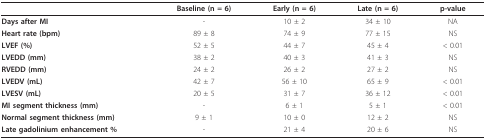
<table><thead><tr><td></td><td><b>Baseline (n = 6)</b></td><td><b>Early (n = 6)</b></td><td><b>Late (n = 6)</b></td><td><b>p-value</b></td></tr></thead><tbody><tr><td><b>Days after MI</b></td><td>-</td><td>10 ± 2</td><td>34 ± 10</td><td>NA</td></tr><tr><td><b>Heart rate (bpm)</b></td><td>89 ± 8</td><td>74 ± 9</td><td>77 ± 15</td><td>NS</td></tr><tr><td><b>LVEF (%)</b></td><td>52 ± 5</td><td>44 ± 7</td><td>45 ± 4</td><td>&lt; 0.01</td></tr><tr><td><b>LVEDD (mm)</b></td><td>38 ± 2</td><td>40 ± 3</td><td>41 ± 3</td><td>NS</td></tr><tr><td><b>RVEDD (mm)</b></td><td>24 ± 2</td><td>26 ± 2</td><td>27 ± 2</td><td>NS</td></tr><tr><td><b>LVEDV (mL)</b></td><td>42 ± 7</td><td>56 ± 10</td><td>65 ± 9</td><td>&lt; 0.01</td></tr><tr><td><b>LVESV (mL)</b></td><td>20 ± 5</td><td>31 ± 7</td><td>36 ± 12</td><td>&lt; 0.01</td></tr><tr><td><b>MI segment thickness (mm)</b></td><td>-</td><td>6 ± 1</td><td>5 ± 1</td><td>&lt; 0.01</td></tr><tr><td><b>Normal segment thickness (mm)</b></td><td>9 ± 1</td><td>10 ± 0</td><td>12 ± 2</td><td>NS</td></tr><tr><td><b>Late gadolinium enhancement %</b></td><td>-</td><td>21 ± 4</td><td>20 ± 6</td><td>NS</td></tr></tbody></table>